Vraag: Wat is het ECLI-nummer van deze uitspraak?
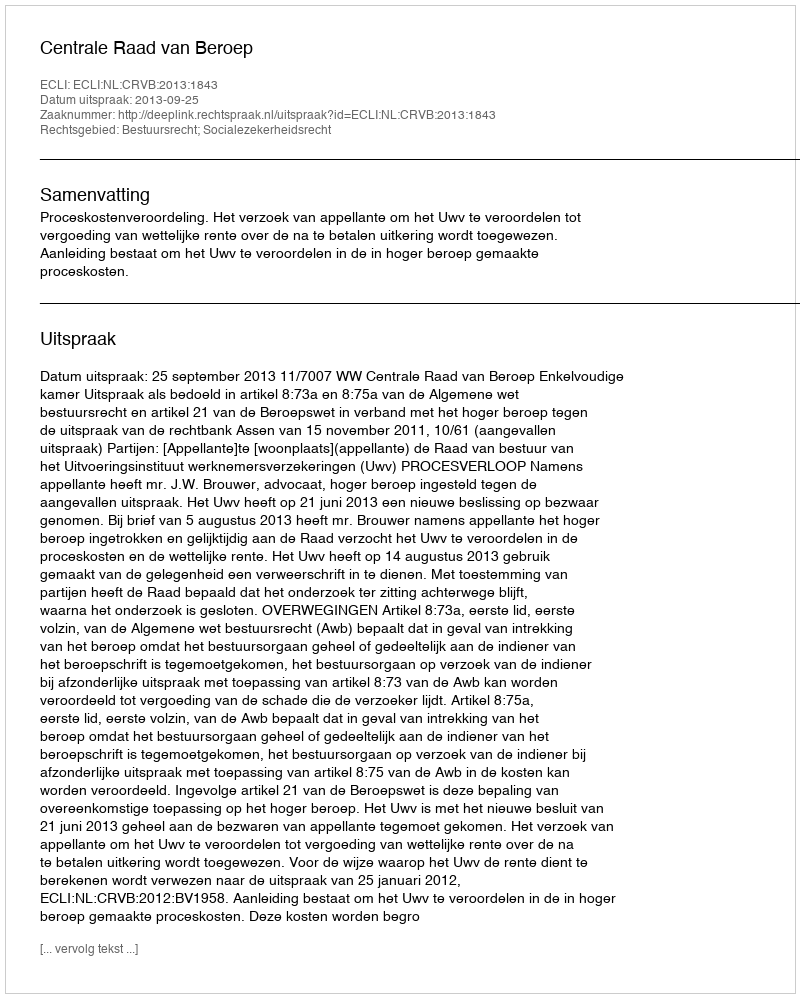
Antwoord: ECLI:NL:CRVB:2013:1843